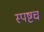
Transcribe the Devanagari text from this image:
स्पष्टच